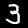
Digit: 3